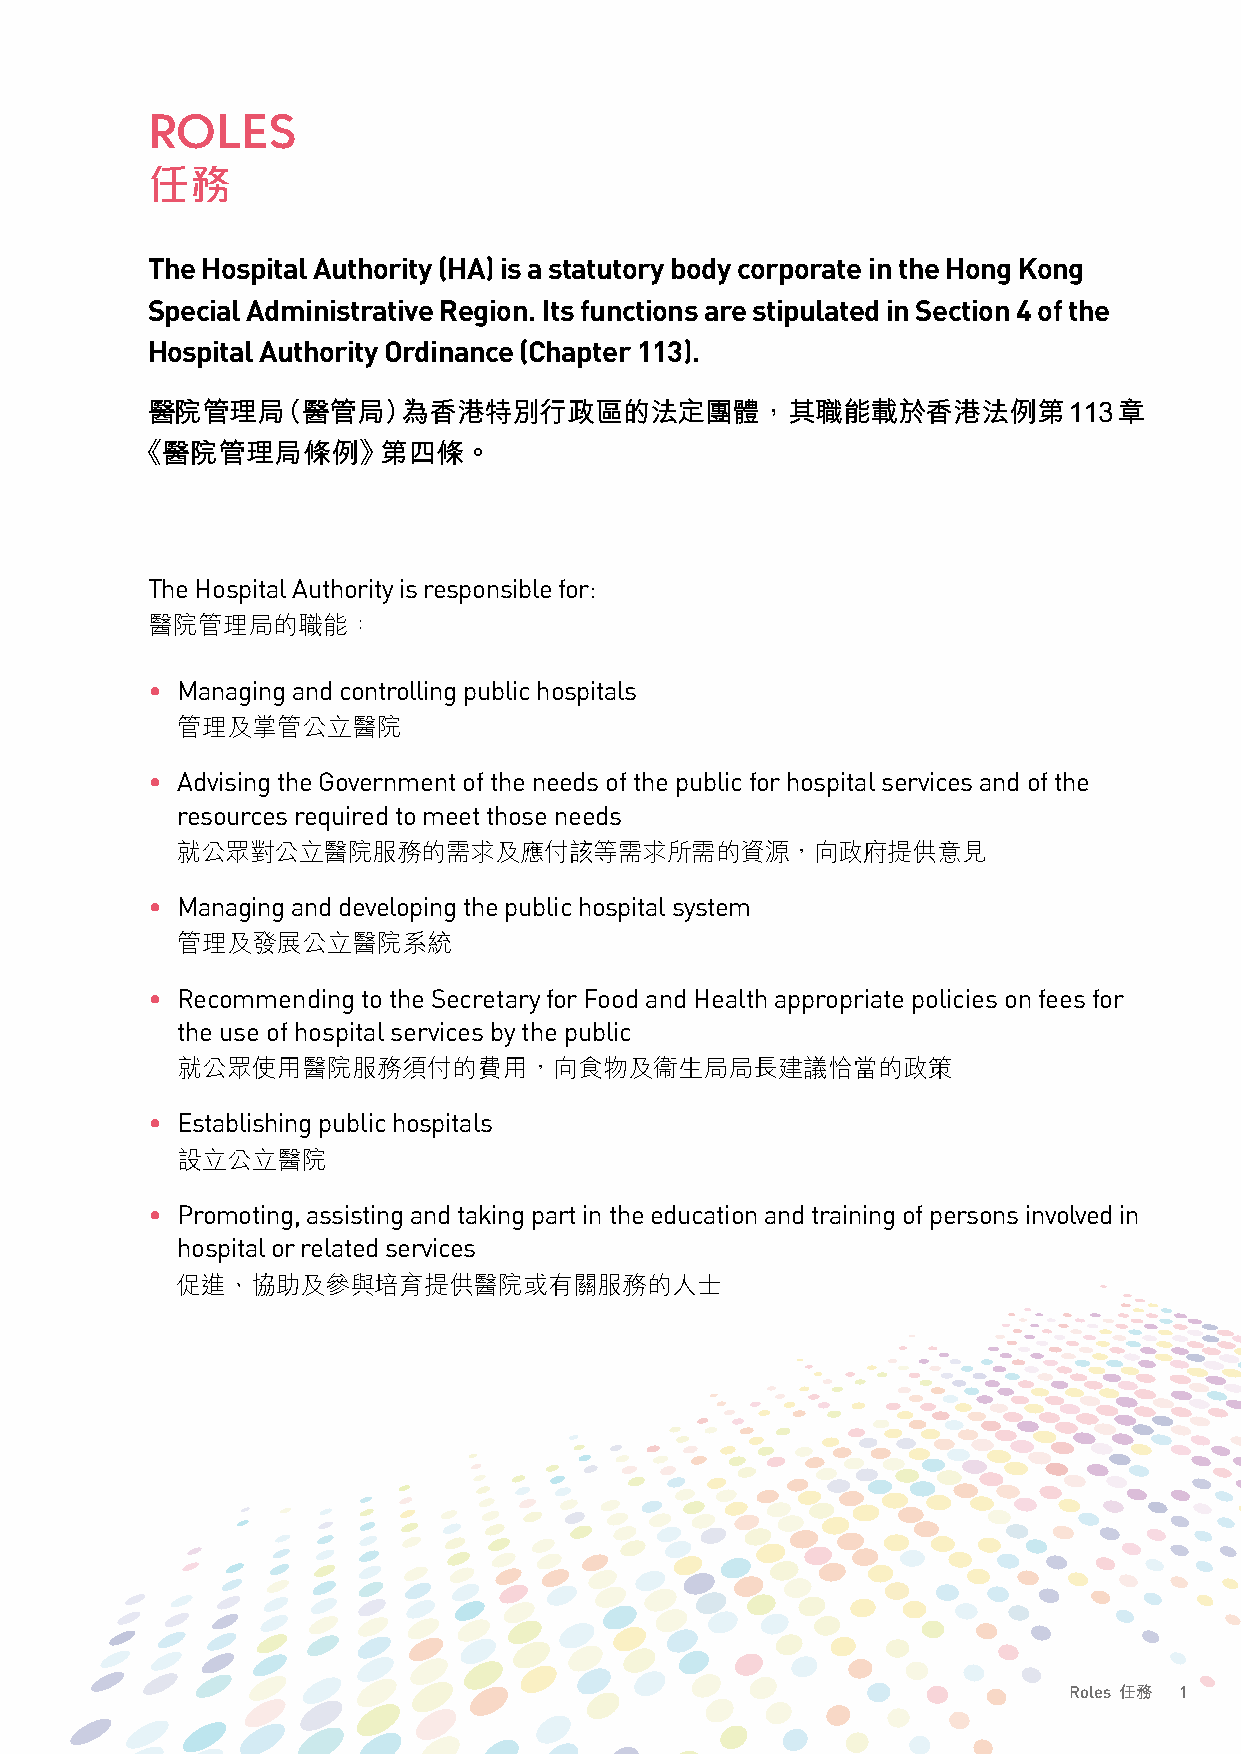
ROLES
 任務
 The Hospital Authority (HA) is a statutory body corporate in the Hong Kong
 Special Administrative Region. Its functions are stipulated in Section 4 of the
 Hospital Authority Ordinance (Chapter 113).
 醫院管理局（醫管局）為香港特別行政區的法定團體，其職能載於香港法例第113章
 《醫院管理局條例》第四條。
 The Hospital Authority is responsible for:
 醫院管理局的職能：
 • Managing and controlling public hospitals
 管理及掌管公立醫院
 • Advising the Government of the needs of the public for hospital services and of the
 resources required to meet those needs
 就公眾對公立醫院服務的需求及應付該等需求所需的資源，向政府提供意見
 • Managing and developing the public hospital system
 管理及發展公立醫院系統
 • Recommending to the Secretary for Food and Health appropriate policies on fees for
 the use of hospital services by the public
 就公眾使用醫院服務須付的費用，向食物及衞生局局長建議恰當的政策
 • Establishing public hospitals
 設立公立醫院
 • Promoting, assisting and taking part in the education and training of persons involved in
 hospital or related services
 促進、協助及參與培育提供醫院或有關服務的人士
 Roles 任務 1